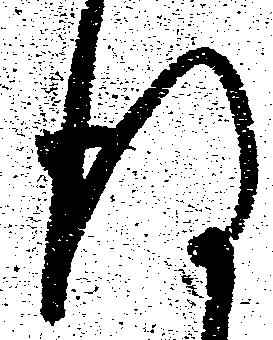
得